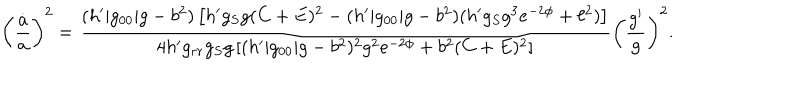
\left( { \frac { \dot { a } } { a } } \right) ^ { 2 } = { \frac { ( h ^ { \prime } | g _ { 0 0 } | g - b ^ { 2 } ) \left[ h ^ { \prime } g _ { S } g ( C + E ) ^ { 2 } - ( h ^ { \prime } | g _ { 0 0 } | g - b ^ { 2 } ) ( h ^ { \prime } g _ { S } g ^ { 3 } e ^ { - 2 \phi } + \ell ^ { 2 } ) \right] } { 4 h ^ { \prime } g _ { r r } g _ { S } g \left[ ( h ^ { \prime } | g _ { 0 0 } | g - b ^ { 2 } ) ^ { 2 } g ^ { 2 } e ^ { - 2 \phi } + b ^ { 2 } ( C + E ) ^ { 2 } \right] } } \left( { \frac { g ^ { \prime } } { g } } \right) ^ { 2 } .